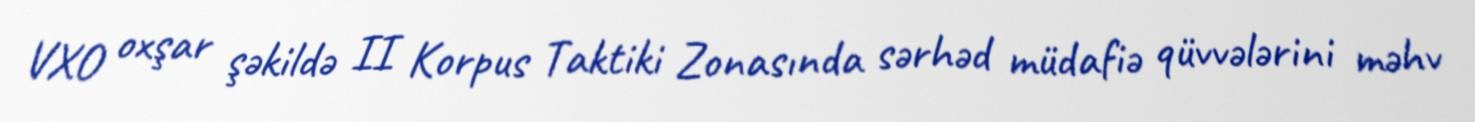
VXO oxşar şəkildə II Korpus Taktiki Zonasında sərhəd müdafiə qüvvələrini məhv